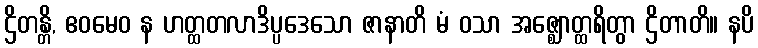
ဌိတန္တိ, ဧဝမေဝ န ဟတ္ထတလာဒိပ္ပဒေသော ဇာနာတိ မံ ဝသာ အဇ္ဈောတ္ထရိတွာ ဌိတာတိ။ နပိ